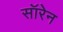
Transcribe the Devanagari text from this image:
सॉरेन